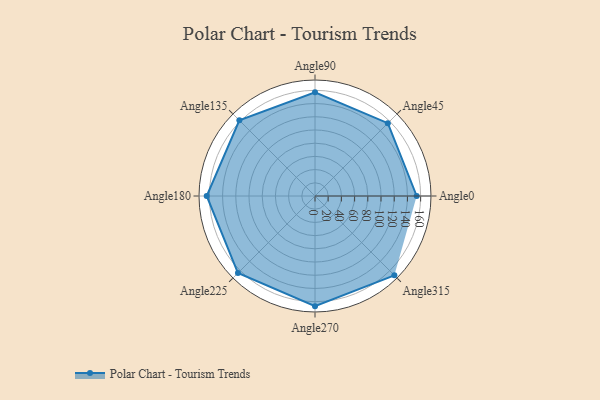
{"axis": {"x": "Angle", "y": "Radius"}, "legend": [""], "data": [{"x": "Angle0", "y": 154.0, "type": ""}, {"x": "Angle45", "y": 156.0, "type": ""}, {"x": "Angle90", "y": 157.0, "type": ""}, {"x": "Angle135", "y": 162.0, "type": ""}, {"x": "Angle180", "y": 164.0, "type": ""}, {"x": "Angle225", "y": 165.0, "type": ""}, {"x": "Angle270", "y": 167.0, "type": ""}, {"x": "Angle315", "y": 170.0, "type": ""}]}